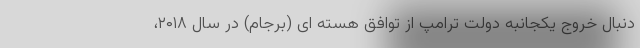
دنبال خروج یکجانبه دولت ترامپ از توافق هسته ای (برجام) در سال ۲۰۱۸،